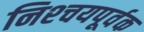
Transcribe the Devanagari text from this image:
निश्‍चयपूर्वक